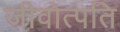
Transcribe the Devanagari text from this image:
जीवोत्पति